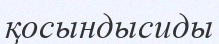
қосындысиды